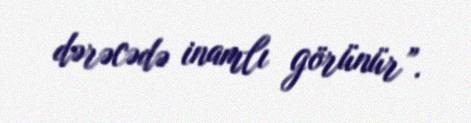
dərəcədə inamlı görünür”.